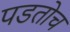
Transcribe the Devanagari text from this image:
पडतोच